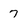
Character: 7